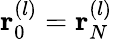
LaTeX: {\mathbf r}_{0}^{(l)}={\mathbf r}_{N}^{(l)}